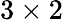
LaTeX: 3\times 2